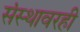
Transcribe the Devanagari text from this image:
संस्थावरही